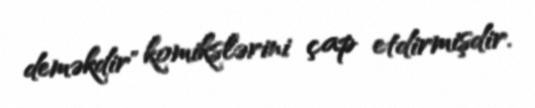
deməkdir" komikslərini çap etdirmişdir.